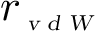
r _ { \scriptscriptstyle \textsl { v d W } }